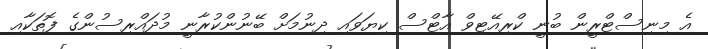
އެ މިނިސްޓްރީން ބުނީ ކްރިއޭޓިވް އާޓްސް ކިޔަވައި ދިނުމަށް ބޭނުންކުރާނީ މުދައްރިސުންގެ ފޮތަކާއި